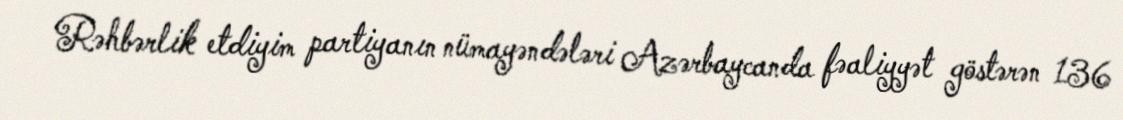
Rəhbərlik etdiyim partiyanın nümayəndələri Azərbaycanda fəaliyyət göstərən 136